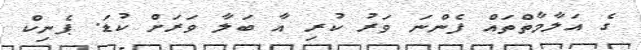
ގެ އަލާމާތްތައް ފެންނަ ވަރު ކުރި އާ ބަލާ ވަރަށް ކުޑަ. ޕެނިކް